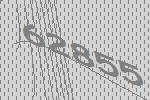
62855